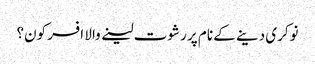
نوکری دینے کے نام پر رشوت لینے والا افسر کون؟